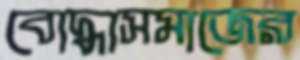
বোদ্ধাসমাজের